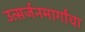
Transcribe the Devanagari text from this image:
उत्सर्जनमार्गांचा